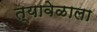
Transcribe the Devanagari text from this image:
त्यावेळाला